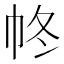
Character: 㠽